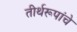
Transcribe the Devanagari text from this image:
तीर्थरूपांचे